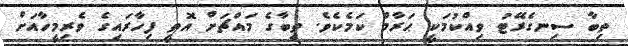
ތިބާ ސިނގެރޭޓު ވިއްކުމަކީ ޙަރާމް ކަމެކެވެ. ތިބާގެ މައްޗަށް އޮތީ ފިހާރައިގެ ވެރިމީހާއަށް